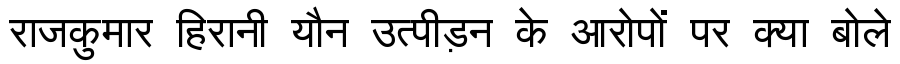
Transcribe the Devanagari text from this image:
राजकुमार हिरानी यौन उत्पीड़न के आरोपों पर क्या बोले